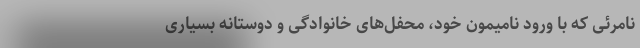
نامرئی که با ورود نامیمون خود، محفل‌های خانوادگی و دوستانه بسیاری